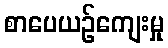
စာပေယဉ်ကျေးမှု